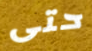
حتى